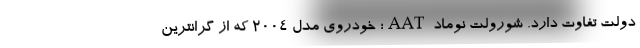
دولت تفاوت دارد. شورولت نوماد AAT؛ خودروی مدل 2004 که از گرانترین